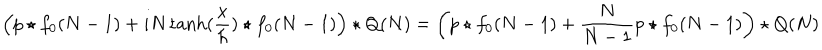
\left( p \star f _ { 0 } ( N - 1 ) + i N \tanh ( { \frac { x } { \hbar } } ) \star f _ { 0 } ( N - 1 ) \right) \star Q ( N ) = \left( p \star f _ { 0 } ( N - 1 ) + { \frac { N } { N - 1 } } p \star f _ { 0 } ( N - 1 ) \right) \star Q ( N )